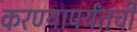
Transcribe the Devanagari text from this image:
करण्यापर्यंतची